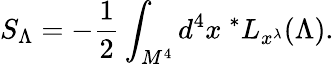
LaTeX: S_{\Lambda}=-{\frac{1}{2}}\int_{M^{4}}d^{4}x\ ^{*}L_{x^{\lambda}}(\Lambda).